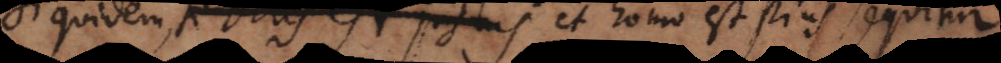
Siquidem, si Deus est justus et homo est pius, sequitur